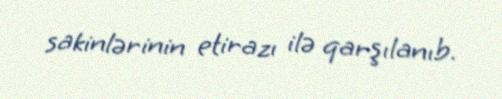
sakinlərinin etirazı ilə qarşılanıb.